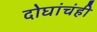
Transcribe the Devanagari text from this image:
दोघांचंही